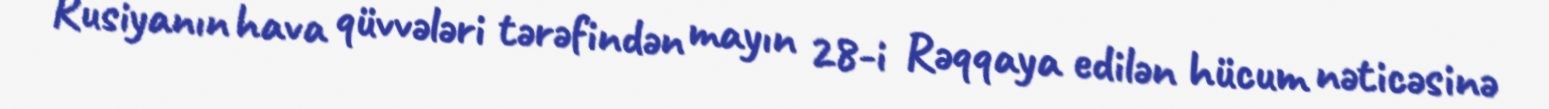
Rusiyanın hava qüvvələri tərəfindən mayın 28-i Rəqqaya edilən hücum nəticəsinə